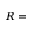
R =